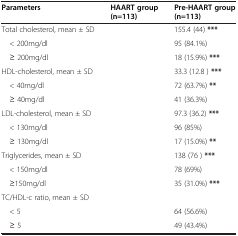
<table><thead><tr><td><b>Parameters</b></td><td><b>HAART group (n=113)</b></td><td><b>Pre-HAART group (n=113)</b></td></tr></thead><tbody><tr><td>Total cholesterol, mean ± SD</td><td>[EMPTY_CELL]</td><td>155.4 (44) <b>***</b></td></tr><tr><td> &lt; 200mg/dl</td><td>[EMPTY_CELL]</td><td>95 (84.1%)</td></tr><tr><td> ≥ 200mg/dl</td><td>[EMPTY_CELL]</td><td>18 (15.9%) <b>***</b></td></tr><tr><td>HDL-cholesterol, mean ± SD</td><td>[EMPTY_CELL]</td><td>33.3 (12.8 ) <b>***</b></td></tr><tr><td> &lt; 40mg/dl</td><td>[EMPTY_CELL]</td><td>72 (63.7%) <b>**</b></td></tr><tr><td> ≥ 40mg/dl</td><td>[EMPTY_CELL]</td><td>41 (36.3%)</td></tr><tr><td>LDL-cholesterol, mean ± SD</td><td>[EMPTY_CELL]</td><td>97.3 (36.2) <b>***</b></td></tr><tr><td> &lt; 130mg/dl</td><td>[EMPTY_CELL]</td><td>96 (85%)</td></tr><tr><td> ≥ 130mg/dl</td><td>[EMPTY_CELL]</td><td>17 (15.0%) <b>**</b></td></tr><tr><td>Triglycerides, mean ± SD</td><td>[EMPTY_CELL]</td><td>138 (76 ) <b>***</b></td></tr><tr><td> &lt; 150mg/dl</td><td>[EMPTY_CELL]</td><td>78 (69%)</td></tr><tr><td> ≥150mg/dl</td><td>[EMPTY_CELL]</td><td>35 (31.0%) <b>***</b></td></tr><tr><td>TC/HDL-c ratio, mean ± SD</td><td>[EMPTY_CELL]</td><td>[EMPTY_CELL]</td></tr><tr><td> &lt; 5</td><td>[EMPTY_CELL]</td><td>64 (56.6%)</td></tr><tr><td> ≥ 5</td><td>[EMPTY_CELL]</td><td>49 (43.4%)</td></tr></tbody></table>